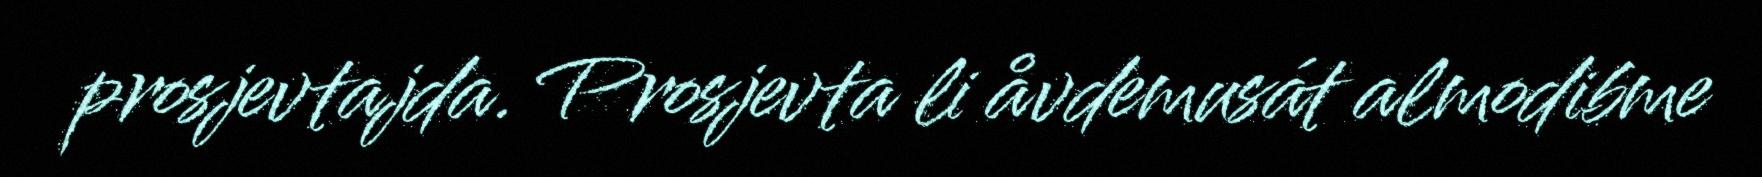
prosjevtajda. Prosjevta li åvdemusát almodibme